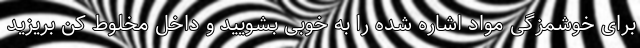
برای خوشمزگی مواد اشاره شده را به خوبی بشویید و داخل مخلوط کن بریزید